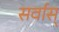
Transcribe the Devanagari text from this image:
सर्वास्‌